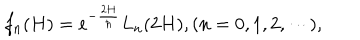
f _ { n } ( H ) = e ^ { - \frac { 2 H } { \hbar } } L _ { n } ( 2 H ) , ( n = 0 , 1 , 2 , \cdots ) ,